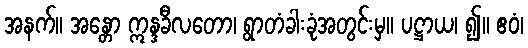
အနက်။ အန္တော ဣန္ဒခီလတော၊ ရွာတံခါးခုံအတွင်းမှ။ ပဋ္ဌာယ၊ ၍။ ဧဝံ၊